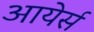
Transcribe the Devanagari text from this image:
आयेर्स